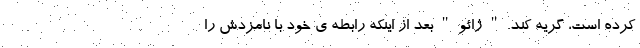
کرده است، گریه کند. " ژائو " بعد از اینکه رابطه ی خود با نامزدش را